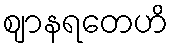
ဈာနရတေဟိ